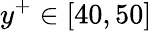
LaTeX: y^{+}\in[40,50]